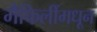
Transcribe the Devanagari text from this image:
मैफिलींमधून